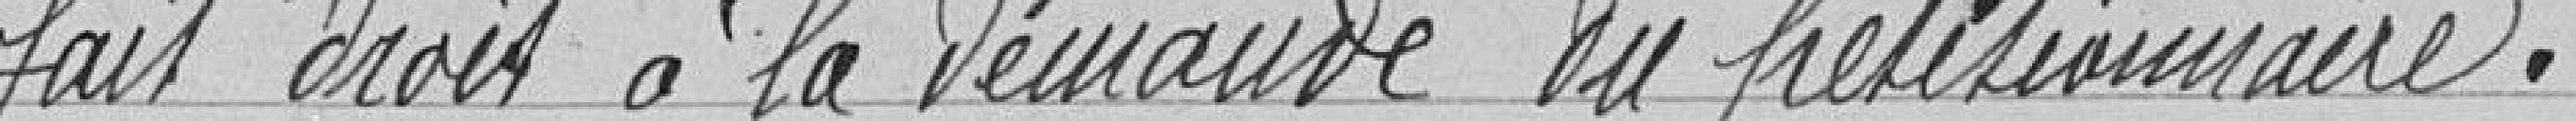
fait droit à la demande du pétitionnaire.